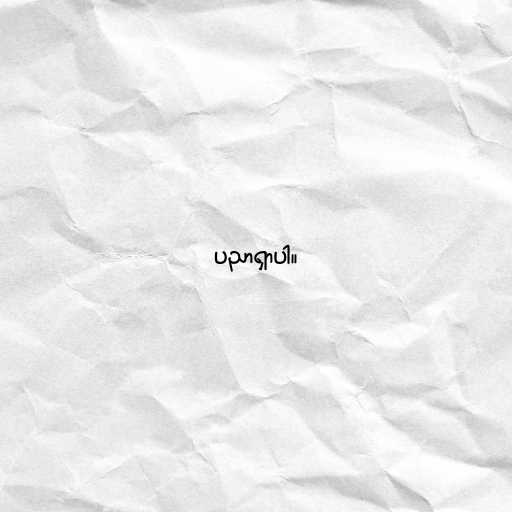
ပညာရှာပါ။